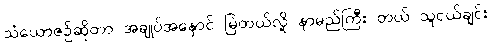
သံယောဇဉ်ဆိုတာ အချုပ်အနှောင် မြဲတယ်လို့ နာမည်ကြီး တယ် သူငယ်ချင်း